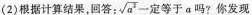
(2)根据计算结果，回答： \sqrt{a^{2}} 一定等于a吗?你发现